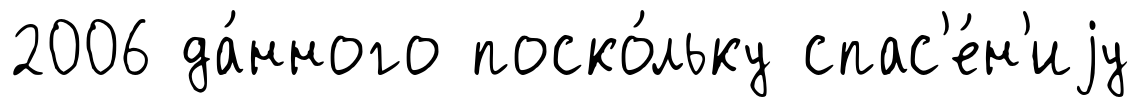
2006 да́нного поско́льку спас'е́н'иjу